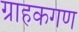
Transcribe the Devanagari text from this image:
ग्राहकगण